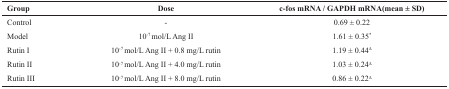
<table><thead><tr><td><b>Group </b></td><td><b>Dose</b></td><td><b>c-fos mRNA / GAPDH mRNA(mean ± SD)</b></td></tr></thead><tbody><tr><td>Control</td><td>- </td><td>0.69 ± 0.22</td></tr><tr><td>Model </td><td>10<sup>-7 </sup>mol/L Ang II</td><td>1.61 ± 0.35*</td></tr><tr><td>Rutin I </td><td>10<sup>-7 </sup>mol/L Ang II + 0.8 mg/L rutin</td><td>1.19 ± 0.44△</td></tr><tr><td>Rutin II </td><td>10<sup>-7 </sup>mol/L Ang II + 4.0 mg/L rutin</td><td>1.03 ± 0.24△</td></tr><tr><td>Rutin III </td><td>10<sup>-7 </sup>mol/L Ang II + 8.0 mg/L rutin</td><td>0.86 ± 0.22△</td></tr></tbody></table>